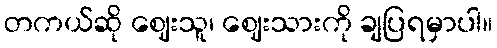
တကယ်ဆို ဈေးသူ၊ ဈေးသားကို ချပြရမှာပါ။